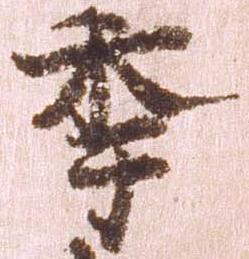
年